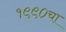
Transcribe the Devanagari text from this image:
१९९०चा